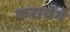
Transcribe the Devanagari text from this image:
करायेंगे